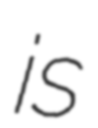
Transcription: is